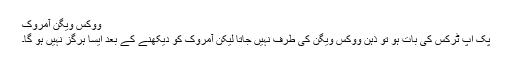
ووکس ویگن آمروک
پک اپ ٹرکس کی بات ہو تو ذہن ووکس ویگن کی طرف نہیں جاتا لیکن آمروک کو دیکھنے کے بعد ایسا ہرگز نہیں ہو گا۔